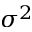
\sigma ^ { 2 }